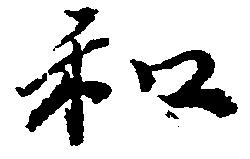
和